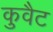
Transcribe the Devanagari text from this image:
कुवैट